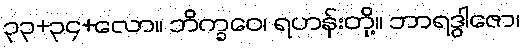
၃၃+၃၄+လော။ ဘိက္ခဝေ၊ ရဟန်းတို့။ ဘာရဒွါဇော၊